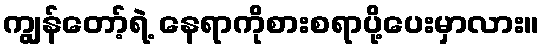
ကျွန်တော့်ရဲ့ နေရာကိုစားစရာပို့ပေးမှာလား။